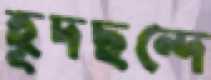
হূদছন্দে